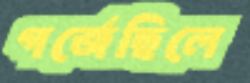
গর্‌জেছিলে